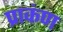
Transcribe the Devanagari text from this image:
प्राकंण